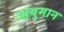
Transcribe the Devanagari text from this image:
आयुमान